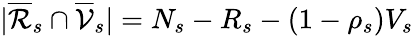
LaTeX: |\overline{{\mathcal{R}}}_{s}\cap\overline{{\mathcal{V}}}_{s}|=N_{s}-R_{s}-(1-\rho_{s})V_{s}